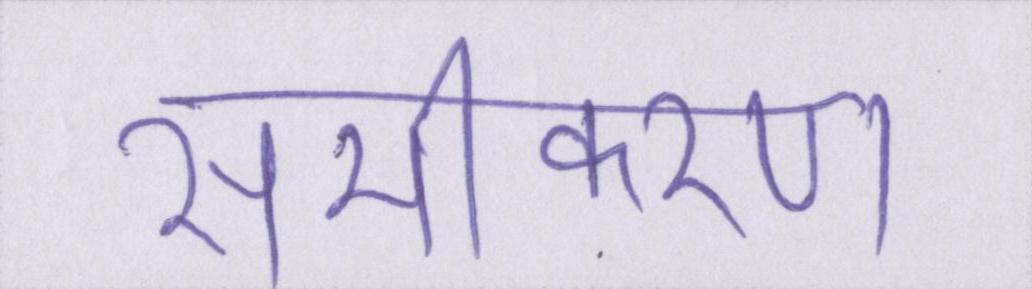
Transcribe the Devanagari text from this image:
समीकरण